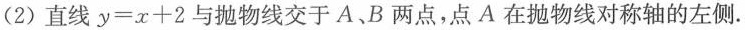
(2)直线$$y = x + 2$$与抛物线交于A、B两点，点A在抛物线对称轴的左侧.